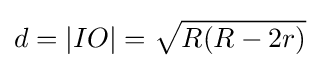
d=|IO|={\sqrt {R(R-2r)}}